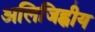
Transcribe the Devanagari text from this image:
अलिजिह्वीय